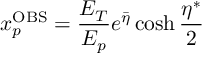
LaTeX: x _ { p } ^ { \mathrm { O B S } } = \frac { E _ { T } } { E _ { p } } e ^ { \bar { \eta } } \cosh \frac { \eta ^ { \ast } } { 2 }